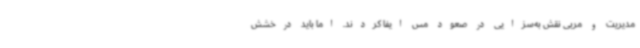
مدیریت و مربی نقش به‌سزایی در صعود مس ایفا کردند. اما باید درخشش